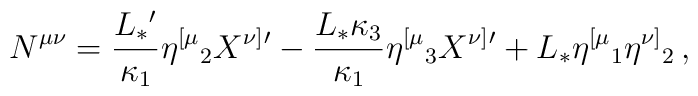
N^{\mu\nu} = {L_*{}' \over \kappa_1 } \eta^{[\mu}{}_2 X^{\nu ]}{}' - {L_* \kappa_3 \over \kappa_1 } \eta^{[\mu}{}_3 X^{\nu ]}{}' +L_* \eta^{[\mu}{}_1  \eta^{\nu ]}{}_2 \,,